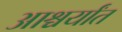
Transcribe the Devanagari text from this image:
आश्चर्यांत